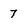
Character: 7